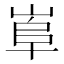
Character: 𡸠